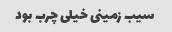
سیب زمینی خیلی چرب بود